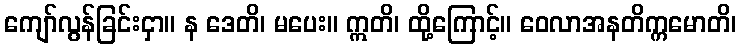
ကျော်လွန်ခြင်းငှာ။ န ဒေတိ၊ မပေး။ ဣတိ၊ ထို့ကြောင့်။ ဝေလာအနတိက္ကမောတိ၊